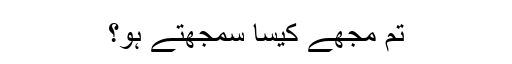
تم مجھے کیسا سمجھتے ہو؟